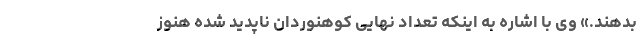
بدهند.» وی با اشاره به اینکه تعداد نهایی کوهنوردان ناپدید شده هنوز